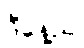
ဒီနေ့ည